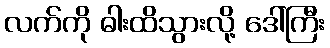
လက်ကို ဓါးထိသွားလို့ ဒေါ်ကြီး